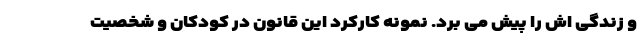
و زندگی اش را پیش می برد. نمونه کارکرد این قانون در کودکان و شخصیت